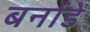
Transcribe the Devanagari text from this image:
बर्नाडे